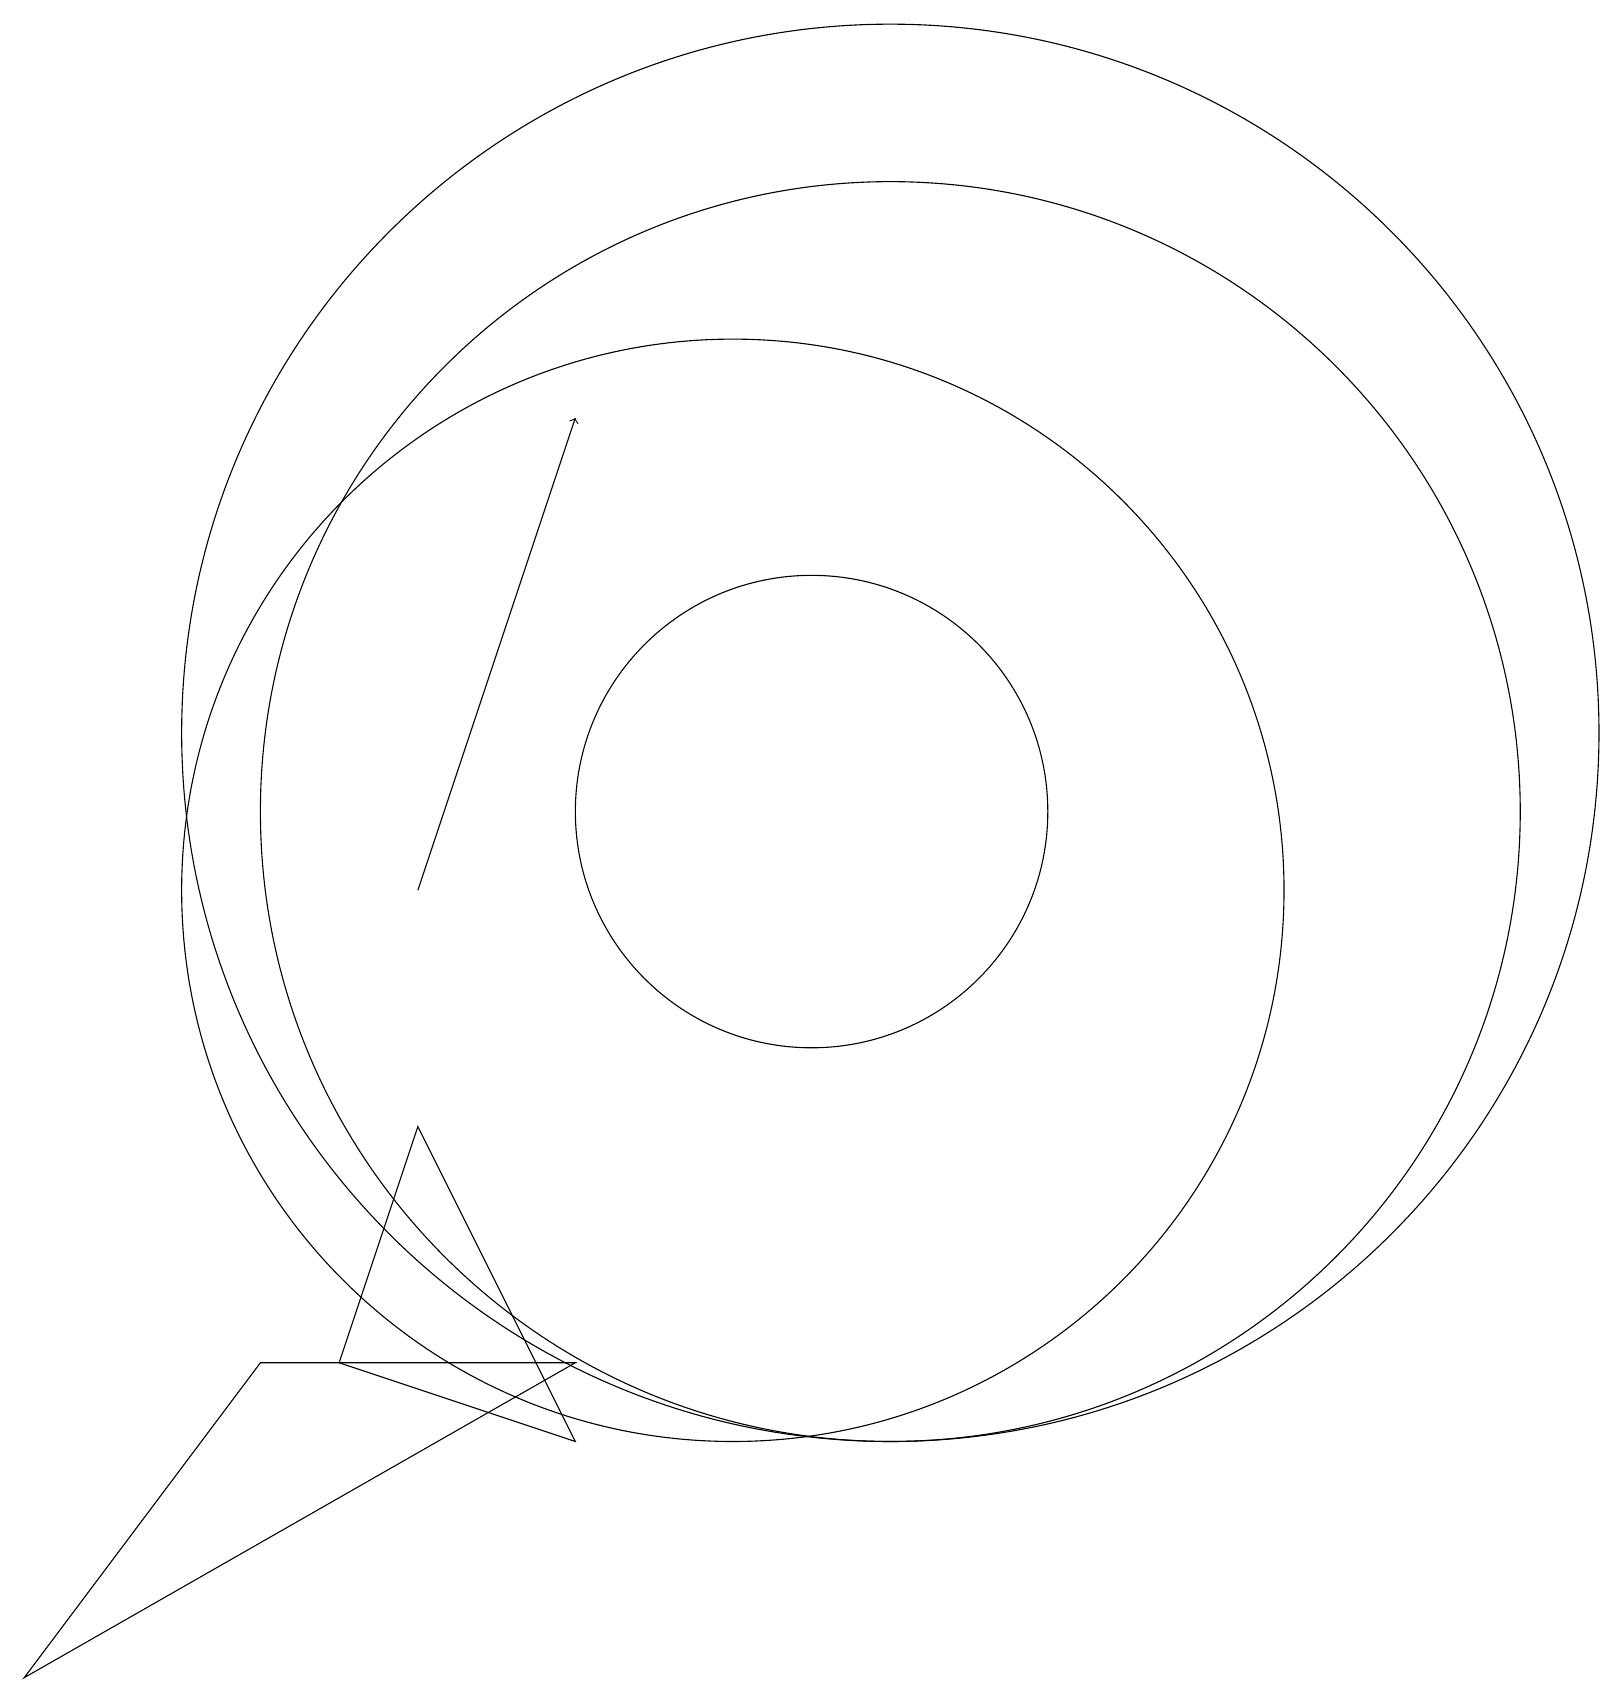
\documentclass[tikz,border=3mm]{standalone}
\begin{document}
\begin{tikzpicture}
\draw (1,0) -- (8,4) -- (4,4) -- cycle;
\draw (11,11) circle (3);
\draw[->] (6,10) -- (8,16);
\draw (12,12) circle (9);
\draw (5,4) -- (6,7) -- (8,3) -- cycle;
\draw (10,10) circle (7);
\draw (12,11) circle (8);
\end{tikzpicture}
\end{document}